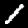
Digit: 1